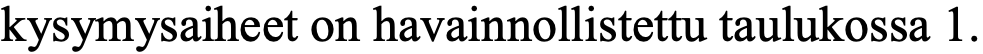
kysymysaiheet on havainnollistettu taulukossa 1.